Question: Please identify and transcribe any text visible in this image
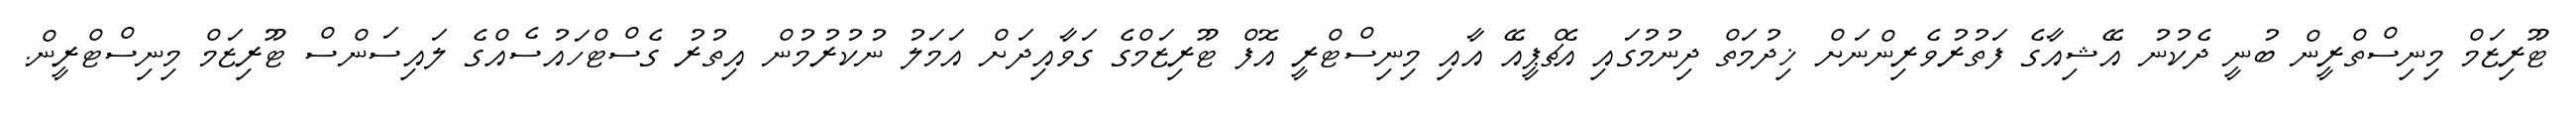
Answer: ޓޫރިޒަމް މިނިސްތްރީން ބުނީ ދެކުނު އޭޝިއާގެ ފަތުރުވެރިންނަށް ޚިދުމަތް ދިނުމުގައި އެޗްޕީއޭ އާއި މިނިސްޓްރީ އޮފް ޓޫރިޒަމްގެ ގަވާއިދަށް އަމަލު ނުކުރުމުން އިތުރު ގެސްޓްހައުސެއްގެ ލައިސަންސް ޓޫރިޒަމް މިނިސްޓްރީން.